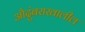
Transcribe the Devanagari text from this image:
औदुंबराखालील